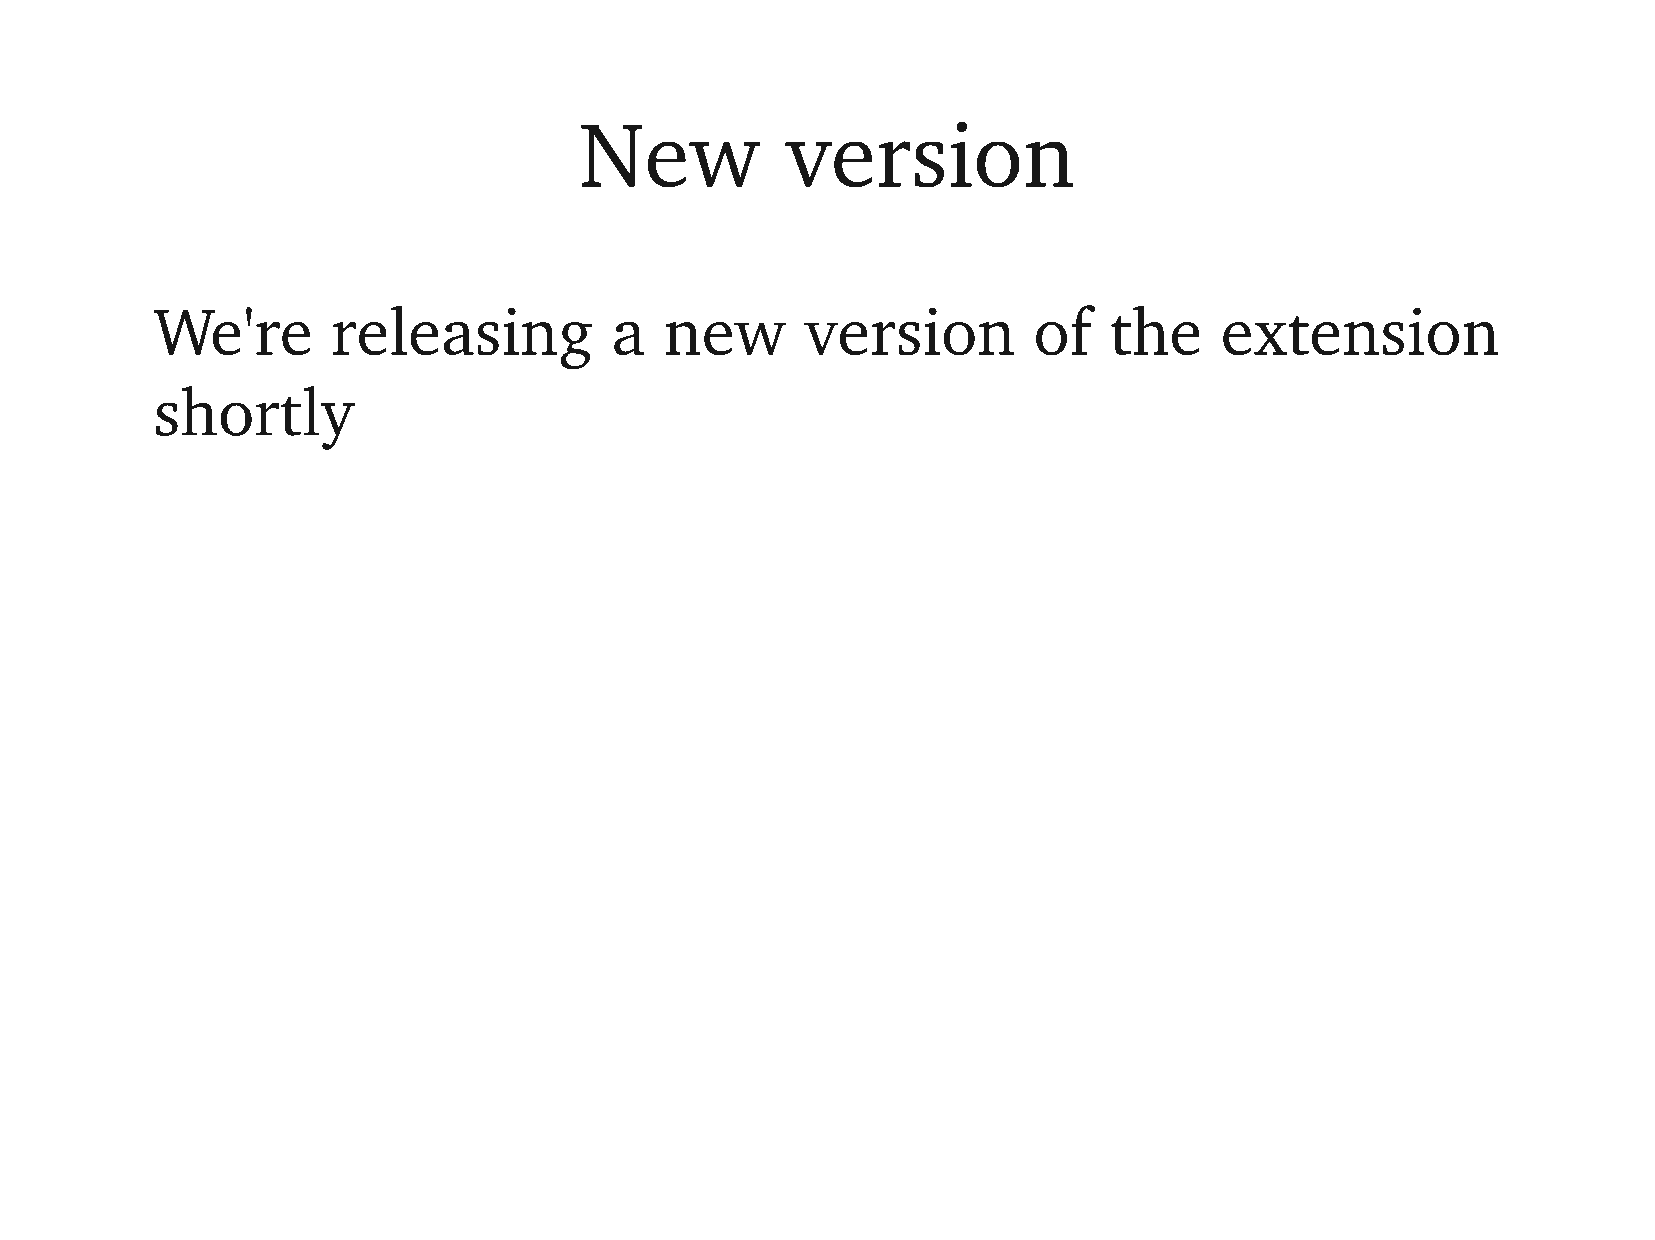
New           version
 We're       releasing         a   new      version        of   the     extension
 shortly